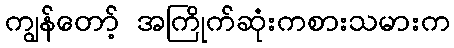
ကျွန်တော့် အကြိုက်ဆုံးကစားသမားက